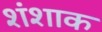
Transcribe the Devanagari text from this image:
शंशाक